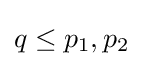
q\leq p_{1},p_{2}